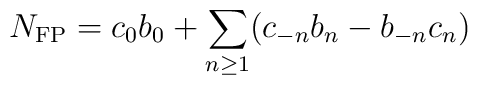
N_{\rm FP} = c_0b_0 + \sum_{n\geq1}(c_{-n}b_n - b_{-n}c_n)